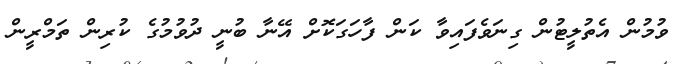
ވުމުން އެތުލީޓުން ގިނަވެފައިވާ ކަން ފާހަގަކޮށް އޭނާ ބުނީ ދުވުމުގެ ކުރިން ތަމްރީން